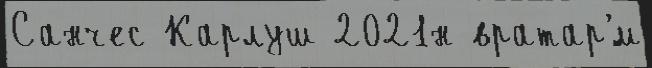
Санчес Карлуш 2021н вратар'́м